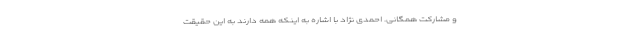
و مشارکت همگانی. احمدی نژاد با اشاره به اینکه همه دارند به این حقیقت